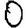
Digit: 0